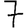
Digit: 7